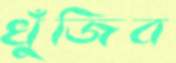
খুঁজিব